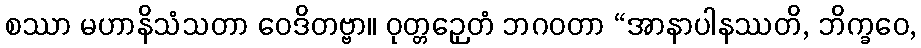
စဿာ မဟာနိသံသတာ ဝေဒိတဗ္ဗာ။ ဝုတ္တဉှေတံ ဘဂဝတာ “အာနာပါနဿတိ, ဘိက္ခဝေ,